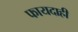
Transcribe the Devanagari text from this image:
फायदाही